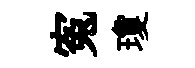
寃瓊